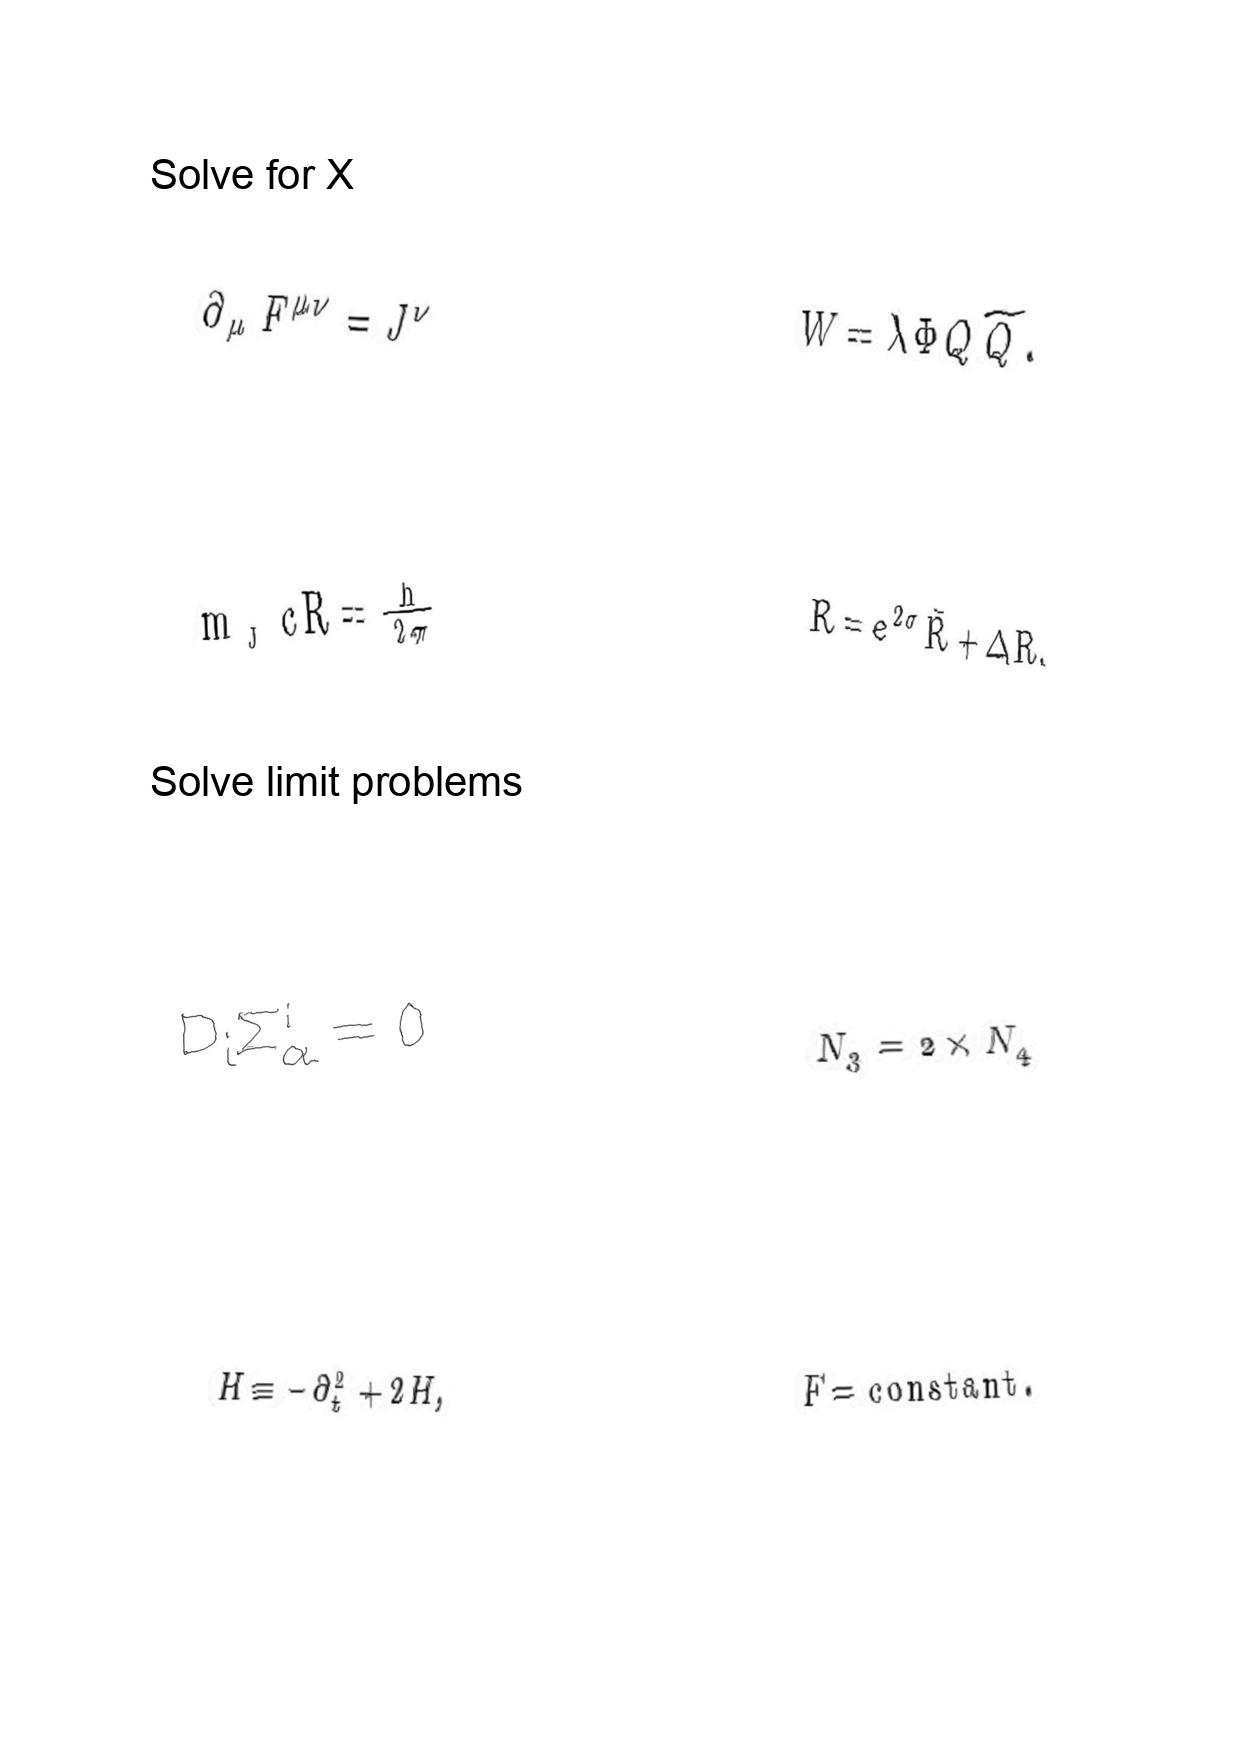
LaTeX transcription:
\partial _ { \mu } F ^ { \mu \nu } = J ^ { \nu }
m _ { _ { J } } c R = \frac { h } { 2 \pi }
D _ { i } \Sigma _ { \alpha } ^ { i } = 0
H \equiv - \partial _ { t } ^ { 2 } + 2 H ,
W = \lambda \Phi Q \tilde { Q } .
R = e ^ { 2 \sigma } \bar { R } + \Delta R ,
N _ { 3 } = 2 \times N _ { 4 }
F = \mathrm { c o n s t a n t } .